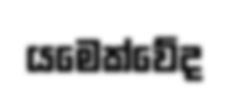
යමෙක්වේද